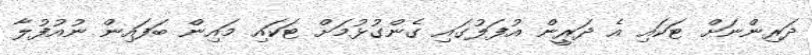
ދަރިންނަށް ޓަކައި އެ ދަރީން އުފަލުގައި ގެންގުޅުމަށް ޓަކައި މައިން ބަފައިން ނުއުފުލާ